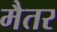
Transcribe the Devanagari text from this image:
मैतर